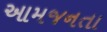
આમજનતા